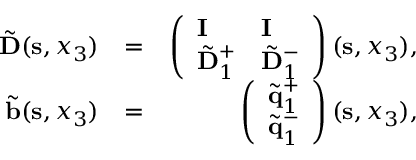
\begin{array} { r l r } { \tilde { \bf D } ( { \bf s } , x _ { 3 } ) } & { = } & { \left( \begin{array} { l l } { { \bf I } } & { { \bf I } } \\ { \tilde { \bf D } _ { 1 } ^ { + } } & { \tilde { \bf D } _ { 1 } ^ { - } } \end{array} \right) ( { \bf s } , x _ { 3 } ) , } \\ { \tilde { \bf b } ( { \bf s } , x _ { 3 } ) } & { = } & { \left( \begin{array} { l } { \tilde { \bf q } _ { 1 } ^ { + } } \\ { \tilde { \bf q } _ { 1 } ^ { - } } \end{array} \right) ( { \bf s } , x _ { 3 } ) , } \end{array}